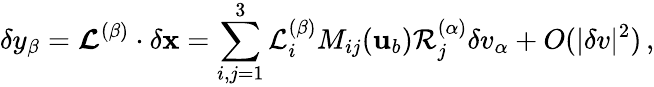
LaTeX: \delta y_{\beta}=\mathbfcal{L}^{(\beta)}\cdot\delta{\mathbf{x}}=\sum_{i,j=1}^{3}\mathcal{L}_{i}^{(\beta)}M_{ij}({\mathbf{u}}_{b})\mathcal{R}_{j}^{(\alpha)}\delta v_{\alpha}+O(|\delta v|^{2})\, ,